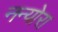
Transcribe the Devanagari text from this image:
नन्योरा